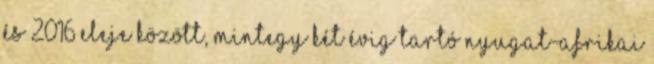
és 2016 eleje között, mintegy két évig tartó nyugat-afrikai